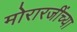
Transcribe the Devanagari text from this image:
मोरारजींच्या